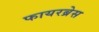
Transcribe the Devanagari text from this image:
फायरब्रेस